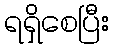
ရရှိစေပြီး